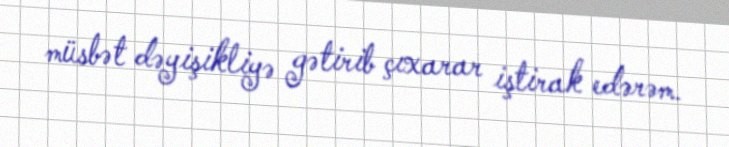
müsbət dəyişikliyə gətirib çıxarar iştirak edərəm.